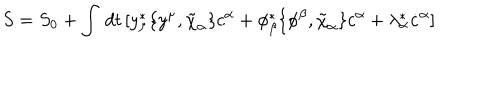
LaTeX: S = S _ { 0 } + \int \, d t \, [ y _ { \mu } ^ { * } \{ y ^ { \mu } , \tilde { \chi } _ { \alpha } \} c ^ { \alpha } + \phi _ { \beta } ^ { * } \{ \phi ^ { \beta } , \tilde { \chi } _ { \alpha } \} c ^ { \alpha } + \lambda _ { \alpha } ^ { * } \dot { c } ^ { \alpha } ]